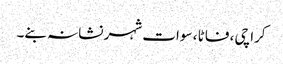
کراچی ، فاٹا ، سوات شہر نشانہ بنے۔